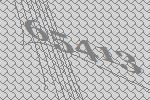
65413